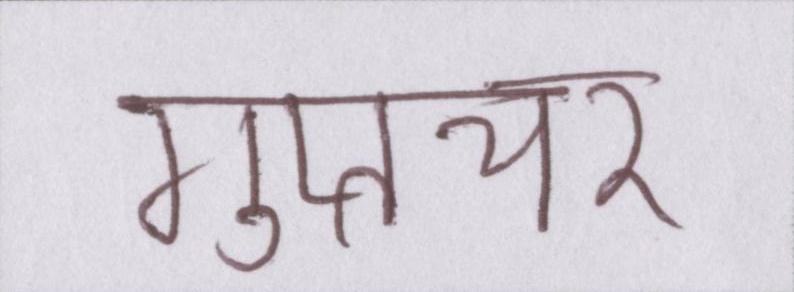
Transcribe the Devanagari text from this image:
गुप्तचर